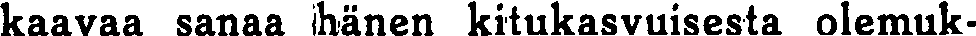
kaavaa sanaa hänen kitukasvuisesta olemuk-